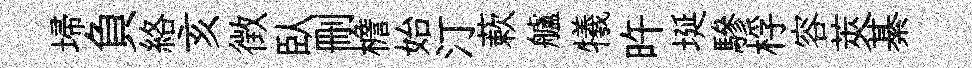
埽負絡亥徴臥删檐始汀蔌艫犧旿埏驂桴容莢綦